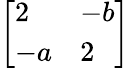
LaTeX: \left[{\begin{array}{ll}{2}&{-b}\\ {-a}&{2}\end{array}}\right]